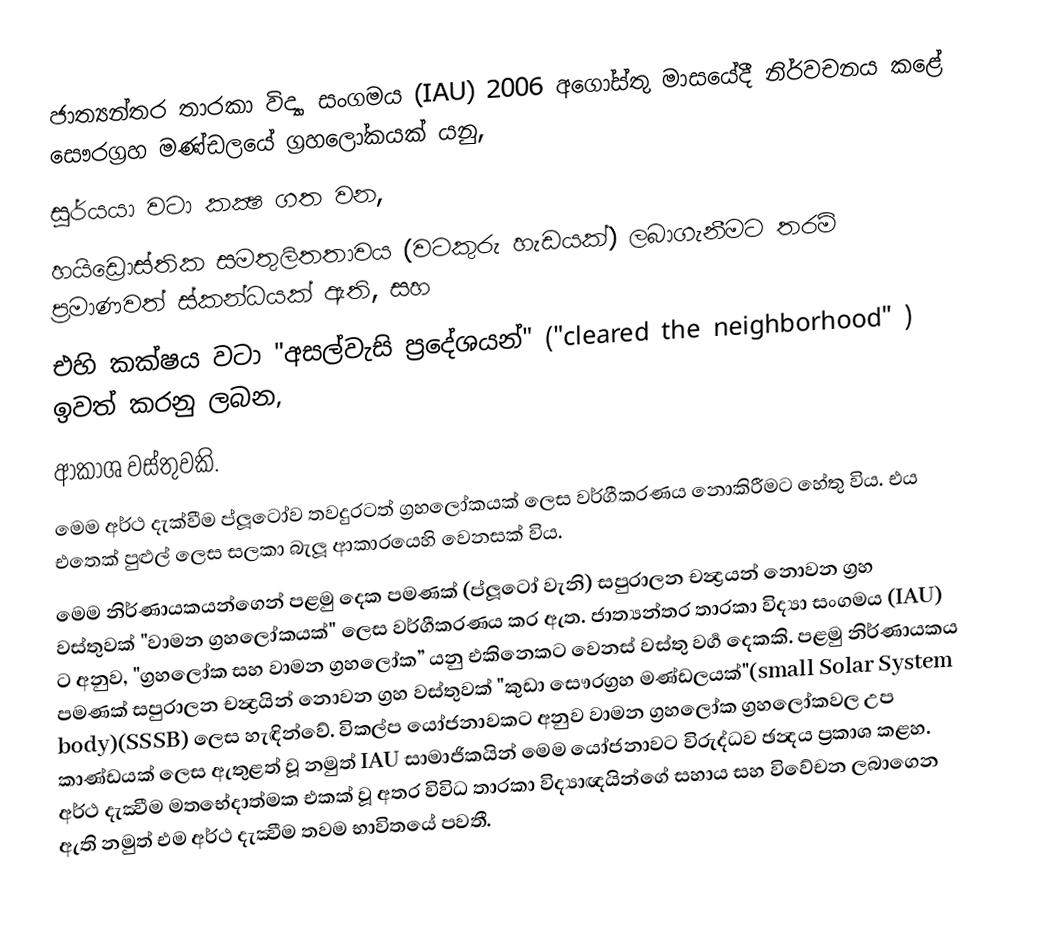
ජාත්‍යන්තර තාරකා විද්‍යා සංගමය (IAU) 2006 අගෝස්තු මාසයේදී නිර්වචනය කළේ සෞරග්‍රහ මණ්ඩලයේ ග්‍රහලෝකයක් යනු,
සූර්යයා වටා කක්‍ෂ ගත වන,
හයිඩ්‍රොස්තික සමතුලිතතාවය (වටකුරු හැඩයක්) ලබාගැනීමට තරම් ප්‍රමාණවත් ස්කන්ධයක් ඇති, සහ
එහි කක්ෂය වටා "අසල්වැසි ප්‍රදේශයන්" ("cleared the neighborhood" )  ඉවත් කරනු ලබන,
ආකාශ වස්තුවකි.
මෙම අර්ථ දැක්වීම ප්ලූටෝව තවදුරටත් ග්‍රහලෝකයක් ලෙස වර්ගීකරණය නොකිරීමට හේතු විය. එය එතෙක් පුළුල් ලෙස සලකා බැලූ ආකාරයෙහි වෙනසක් විය.
මෙම නිර්ණායකයන්ගෙන් පළමු දෙක පමණක් (ප්ලූටෝ වැනි) සපුරාලන චන්‍ද්‍රයන් නොවන ග්‍රහ වස්තුවක් "වාමන ග්‍රහලෝකයක්" ලෙස වර්ගීකරණය කර ඇත. ජාත්‍යන්තර තාරකා විද්‍යා සංගමය (IAU) ට අනුව, "ග්‍රහලෝක සහ වාමන ග්‍රහලෝක” යනු එකිනෙකට වෙනස් වස්තු වර්‍ග දෙකකි. පළමු නිර්ණායකය පමණක් සපුරාලන චන්‍ද්‍රයින් නොවන ග්‍රහ වස්තුවක් "කුඩා සෞරග්‍රහ මණ්ඩලයක්"(small Solar System body)(SSSB) ලෙස හැඳින්වේ. විකල්ප යෝජනාවකට අනුව වාමන ග්‍රහලෝක ග්‍රහලෝකවල උප කාණ්ඩයක් ලෙස ඇතුළත් වූ නමුත් IAU සාමාජිකයින් මෙම යෝජනාවට විරුද්ධව ඡන්‍දය ප්‍රකාශ කළහ. අර්ථ දැක්‍වීම මතභේදාත්මක එකක් වූ අතර විවිධ තාරකා විද්‍යාඥයින්ගේ සහාය සහ විවේචන ලබාගෙන ඇති නමුත් එම අර්ථ දැක්‍වීම තවම භාවිතයේ පවතී.